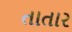
તાતાર